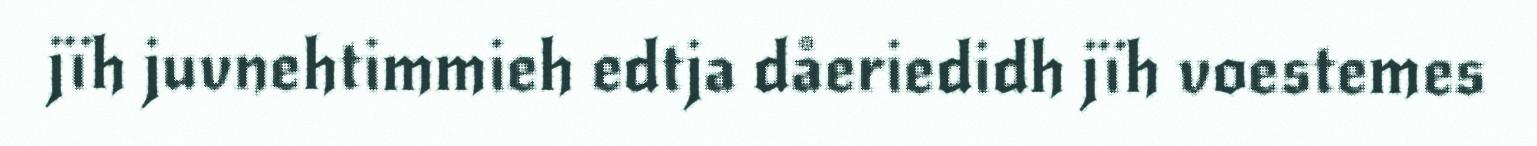
jïh juvnehtimmieh edtja dåeriedidh jïh voestemes